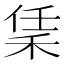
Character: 𬓧